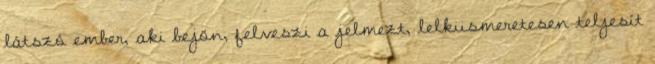
látszó ember, aki bejön, felveszi a jelmezt, lelkiismeretesen teljesít